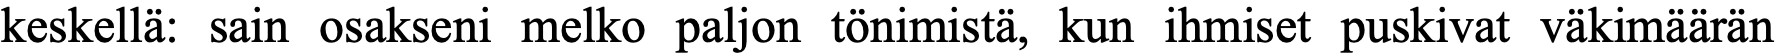
keskellä: sain osakseni melko paljon tönimistä, kun ihmiset puskivat väkimäärän